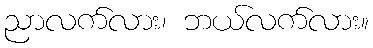
ညာလက်လား၊ ဘယ်လက်လား။